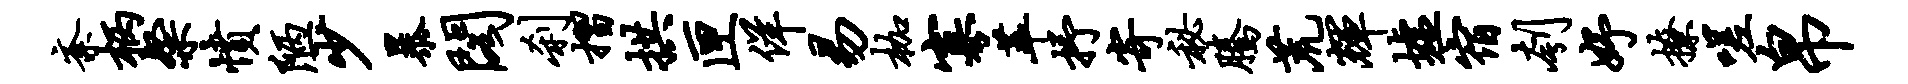
紊柄粲愤陋少暴阁刹摺拱匣佯易枷寡萃抒寄秘腾荒辉墟宿刳妤撩嗟帛